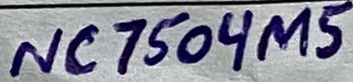
Text: NC7504M5